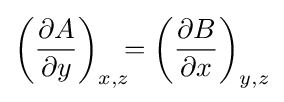
\left({\frac {\partial A}{\partial y}}\right)_{x,z}\!\!\!=\left({\frac {\partial B}{\partial x}}\right)_{y,z}